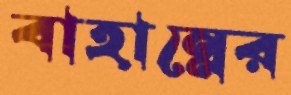
বাহান্নের